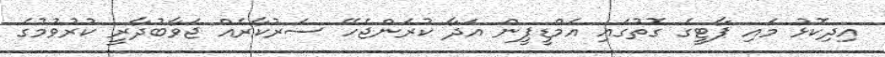
އިދިކޮޅު މައި ޕާޓީގެ ގޮތުގައި އެމްޑީޕީން އަދާ ކުރަންޖެހޭ ސަރުކާރެއް ޖަވާބުދާރީ ކުރުވުމުގެ